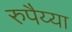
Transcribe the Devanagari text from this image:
रुपैय्या